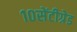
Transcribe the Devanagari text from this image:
१०सेंटीग्रेड